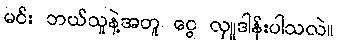
မင်း ဘယ်သူနဲ့အတူ ငွေ လှူဒါန်းပါသလဲ။